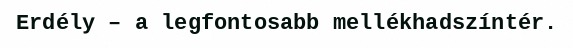
Erdély – a legfontosabb mellékhadszíntér.